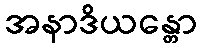
အနာဒိယန္တော